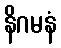
နိဂမနံ